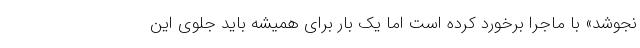
نجوشد» با ماجرا برخورد کرده است اما یک بار برای همیشه باید جلوی این